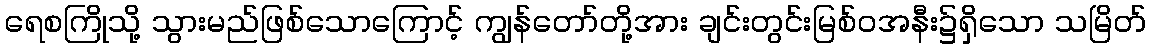
ရေစကြိုသို့ သွားမည်ဖြစ်သောကြောင့် ကျွန်တော်တို့အား ချင်းတွင်းမြစ်ဝအနီး၌ရှိသော သမြိတ်